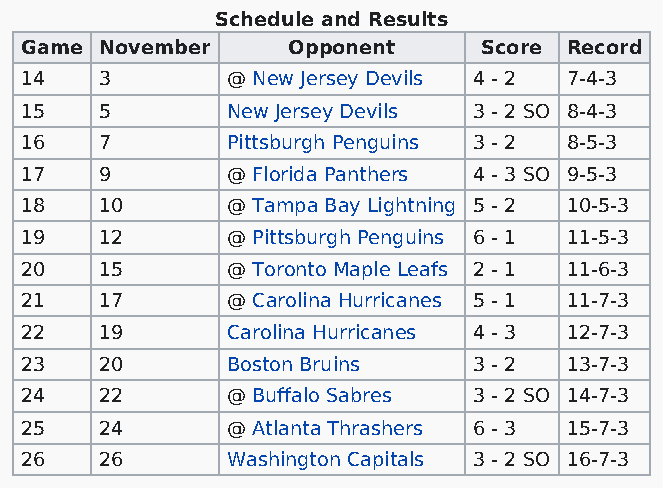
Schedule and Results
 Game  November    Opponent     Score Record
 14    3       @ New Jersey Devils 4 - 2 7-4-3
 15    5       New Jersey Devils 3 - 2 SO 8-4-3
 16    7       Pittsburgh Penguins 3 - 2 8-5-3
 17    9       @ Florida Panthers 4 - 3 SO 9-5-3
 18    10      @ Tampa Bay Lightning 5 - 2 10-5-3
 19    12      @ Pittsburgh Penguins 6 - 1 11-5-3
 20    15      @ Toronto Maple Leafs 2 - 1 11-6-3
 21    17      @ Carolina Hurricanes 5 - 1 11-7-3
 22    19      Carolina Hurricanes 4 - 3 12-7-3
 23    20      Boston Bruins   3 - 2 13-7-3
 24    22      @ Buffalo Sabres 3 - 2 SO 14-7-3
 25    24      @ Atlanta Thrashers 6 - 3 15-7-3
 26    26      Washington Capitals 3 - 2 SO 16-7-3